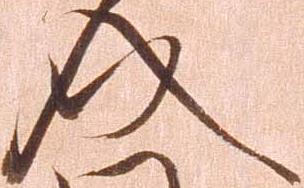
介